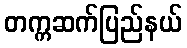
တက္ကဆက်ပြည်နယ်